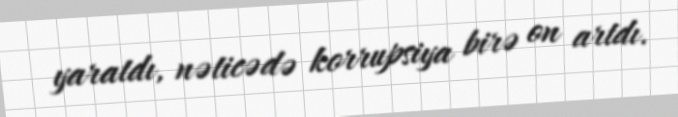
yaratdı, nəticədə korrupsiya birə on artdı.